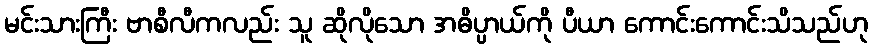
မင်းသားကြီး ဗာစီလီကလည်း သူ ဆိုလိုသော အဓိပ္ပာယ်ကို ပီယာ ကောင်းကောင်းသိသည်ဟု